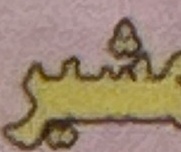
شیر